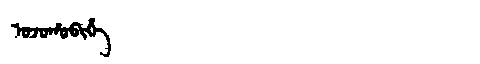
Manchu: ᠣᠵᠣᡥᠣᠪᡳᡥᡝ
Romanization: OJOHOBIHE